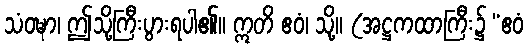
သံဝဍ္ဎာ၊ ဤသို့ကြီးပွားရပါ၏။ ဣတိ ဧဝံ၊ သို့။ (အဋ္ဌကထာကြီး၌ “ဧဝံ